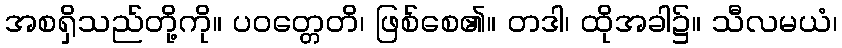
အစရှိသည်တို့ကို။ ပဝတ္တေတိ၊ ဖြစ်စေ၏။ တဒါ၊ ထိုအခါ၌။ သီလမယံ၊